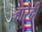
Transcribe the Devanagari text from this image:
हारेदी